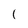
Character: l